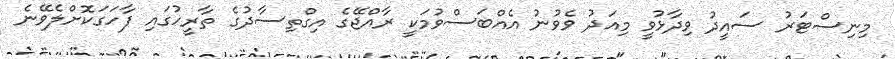
މިނިސްޓަރު ސައީދު ވިދާޅުވީ މިއަދު ވެވުނު އެއްބަސްވުމަކީ ރާއްޖޭގެ އިގްތިސާދުގެ ތާރީހުގައި ފާހަގަކޮށްލެވޭނެ